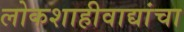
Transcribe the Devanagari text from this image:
लोकशाहीवाद्यांचा